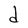
Character: d